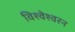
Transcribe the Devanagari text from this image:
विश्वेश्वरन